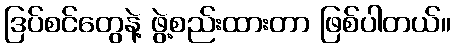
ဒြပ်စင်တွေနဲ့ ဖွဲ့စည်းထားတာ ဖြစ်ပါတယ်။